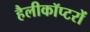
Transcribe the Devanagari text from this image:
हैलीकॉप्टरों